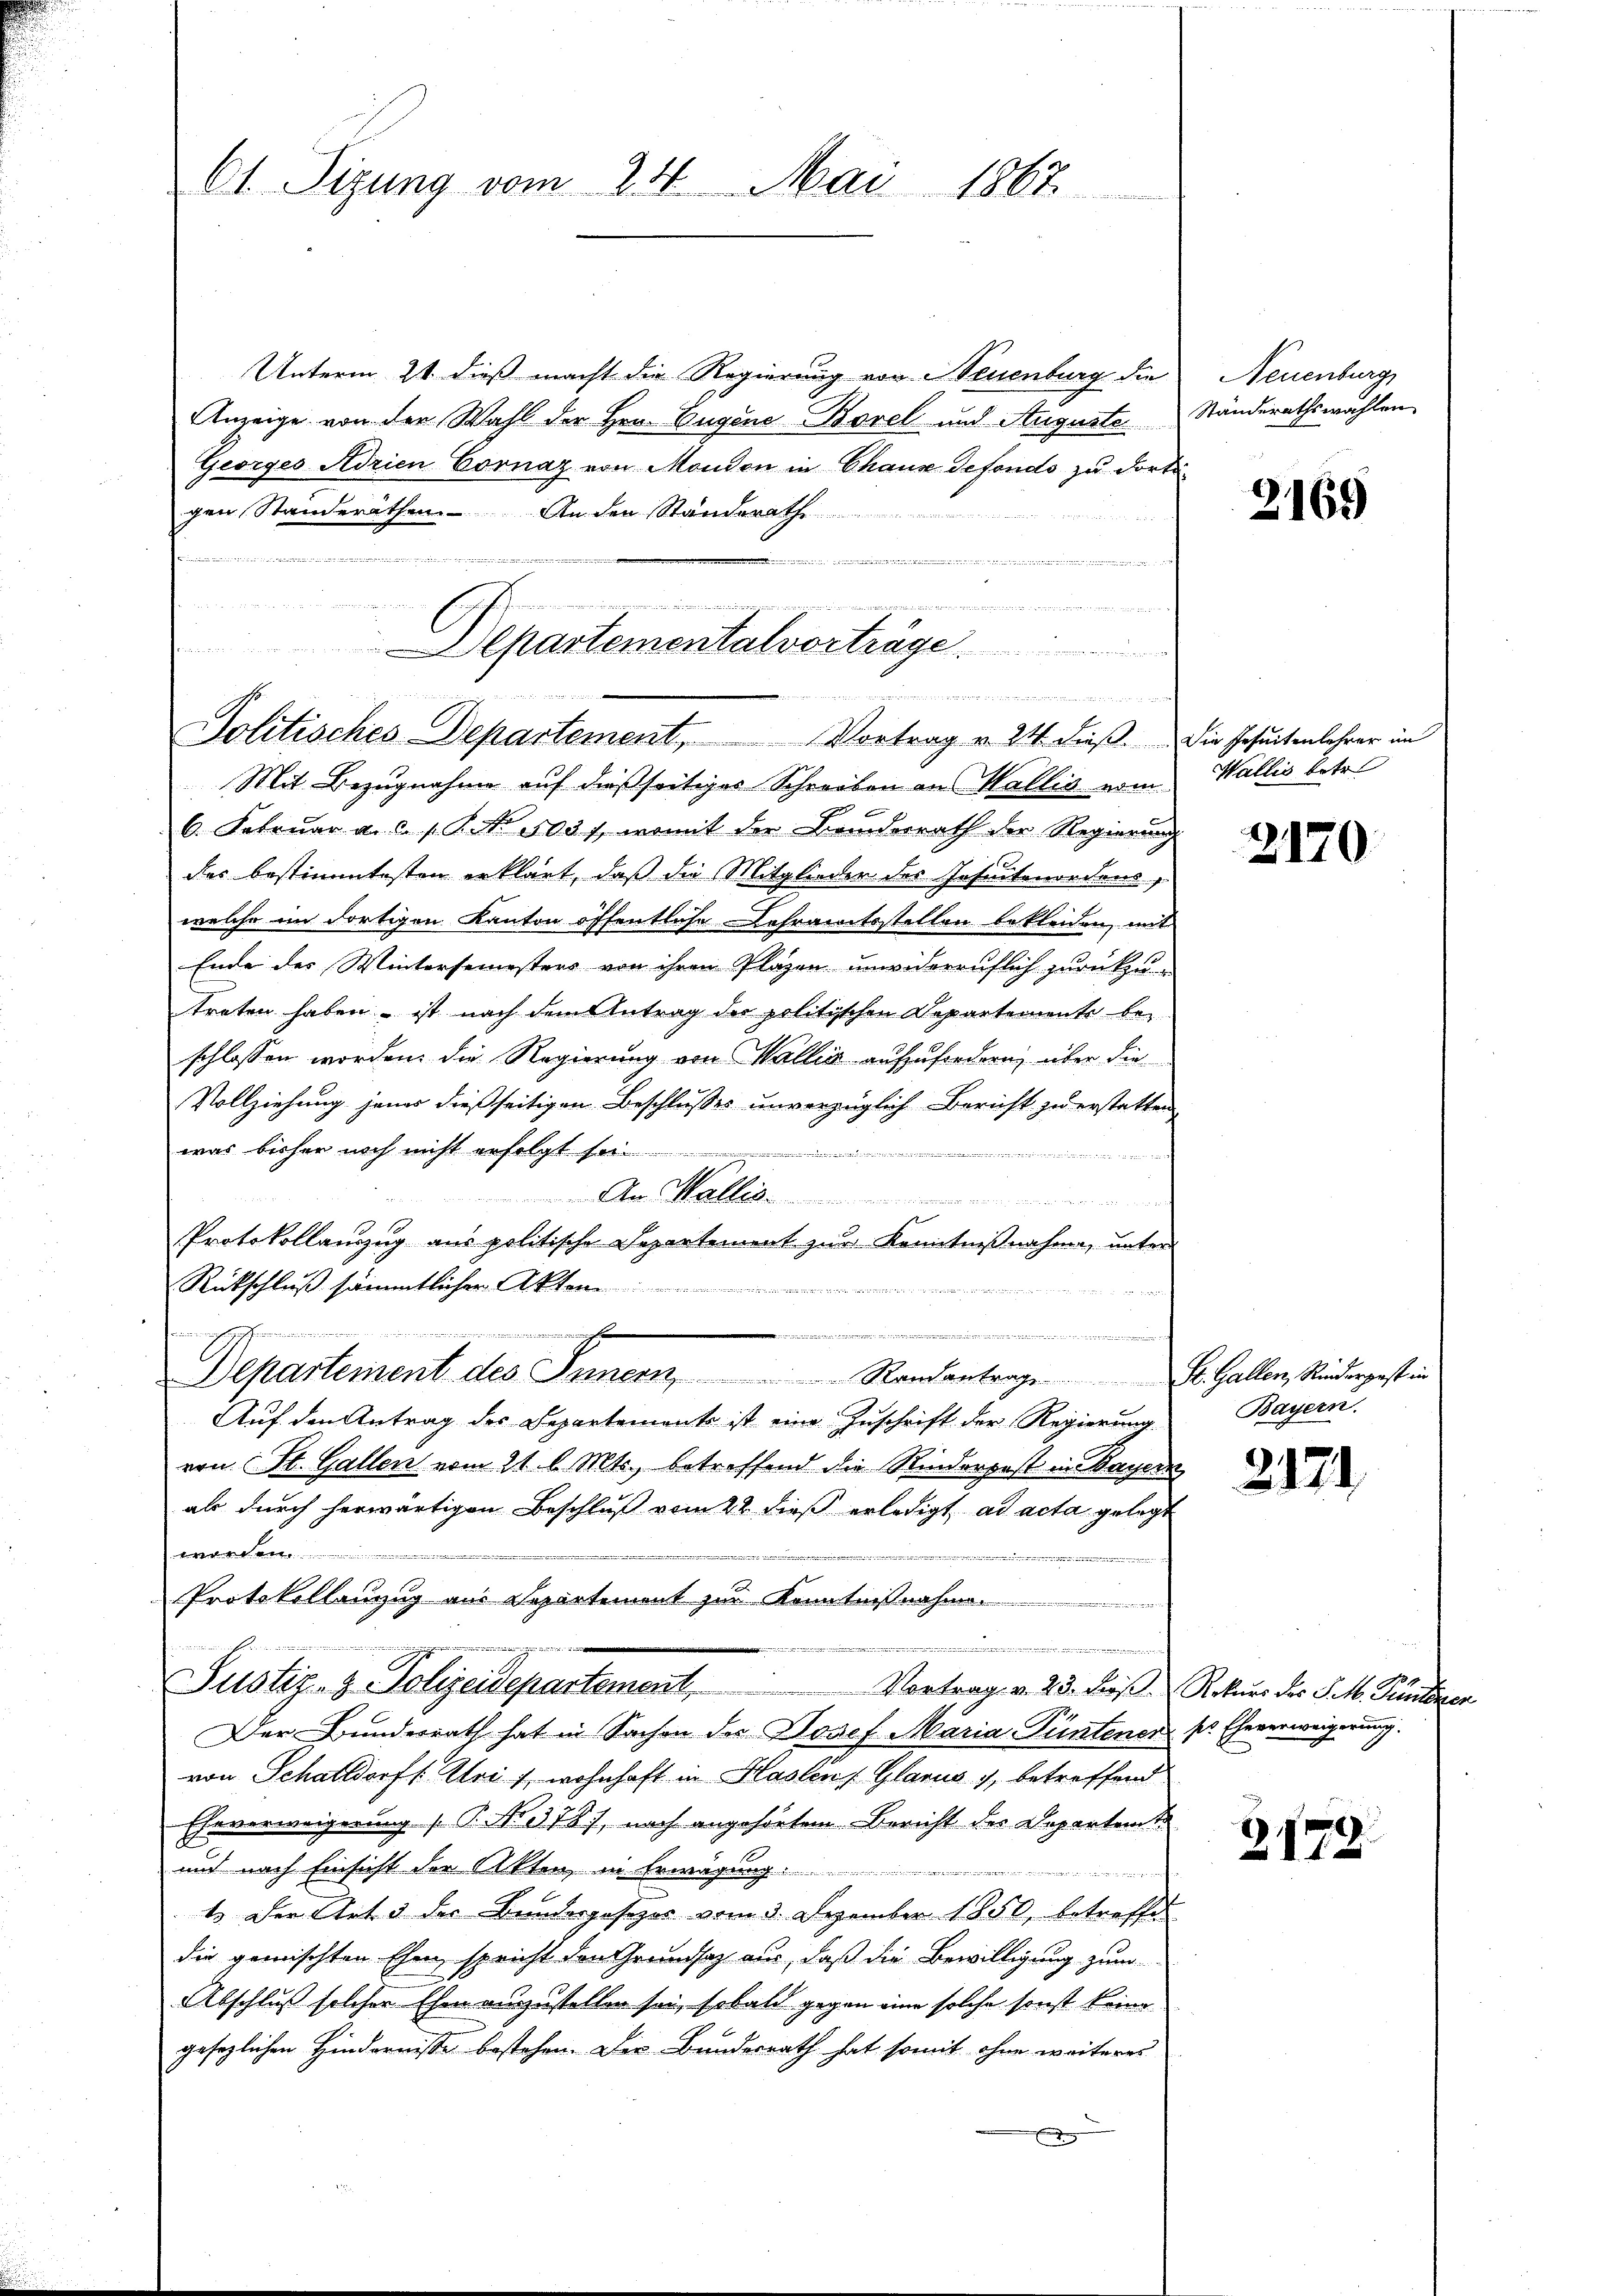
Ct. Sizung vom 24. Mai 1867

Unterm 21. dieß macht die Regierung von Neuenburg die
Anzeige von der Wahl der Hrn. Eugene Borel und Auguste Ständerathswahlen
Georges Adrien Cornaz von Monden in Chaux defondo zu dortigen Standeräthen. An den Standerath

eendienen einen vermeisten in der einen einen

¬
Departementalvorträge
e nach sah ich in den an die
 Hat der
Politisches Departement, Vortrag v. 24. dieß. Die Jesuitenlehrer im

Mit Bezugnahme auf dießseitiges Schreiben an Wallis vom

6. Februar a. c. p. P. Nr. 5031, womit der Beiderrath der Regierung
des bestimmtesten erklärt, daß die Mitglieder des Insectenordens
welche im dortigen Kanton öffentliche Lehramtsstellen bekleiden, mit
Ende des Wintersemesters von ihren Plazen unwiderruflich zurückzu
treten haben – ist nach dem Antrag der politischen Departemente be-
schlossen worden die Regierung von Wallig aufzufordern, über die
Vollziehung jenes dießseitigen Beschlusses unverzüglich Bericht zu erstatten
was bisher noch nicht erfolgt se
iiter

Mall
Protokollauszug aus politische Separtement zur Kenntnißnahme, unter
Rütschluß sämmtlicher Akten

E
.
Auf den Antrag des Departement ist eine Zuschrift der Regierung
von St. Gallen vom 21. l. Mts., betreffend die Kinderpost in Bayern
als durch herwärtigen Beschluß vom 22 dieß erledigt ad acta gelegt
wieden

un
Protokollanzug aus Separtement zur Kenntnißnahme.

Justiz- & Polizeidepartement. Vortrag v. 23. Fröβ. Rekurs des P. M. Kantonen
Der Bundesrath hat in Sachen der Josef Maria Püntener
von Schattdorf, Uri s. wohnhaft in Haslen, Glarus 1, betreffend
Eheverweigerung (T. N. 378), nach angehörtem Bericht des Departente
und nach Einsicht der Akten in Erwägung:
1. Der Art. 3 der Bundesgesezes vom 3. Dezember 1850, betreffen
die gemischten Ehen, spricht den Grundsatz aus, daß die Bewilligung zum
Abschluß solcher Ehen auszustellen sei, sobald gegen eine solche sonst keine
gesezlichen Hindernisse bestehen. Der Bundesrath hat somit ohne weiteres
f

........................
Departement des Innern Randantrage St. Gallen, Rinderpost in

Neuenburg

2169

Wallis betr

2170.

Bayern.

2121.

ses Eheverweigerung.

Z.1779.